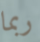
ربما